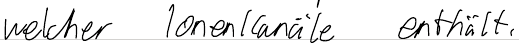
welcher Ionenkanäle enthält.